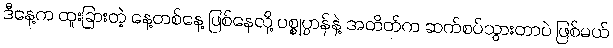
ဒီနေ့က ထူးခြားတဲ့ နေ့တစ်နေ့ ဖြစ်နေလို့ ပစ္စုပ္ပာန်နဲ့ အတိတ်က ဆက်စပ်သွားတာပဲ ဖြစ်မယ်